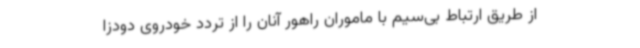
از طریق ارتباط بی‌سیم با ماموران راهور آنان را از تردد خودروی دودزا